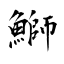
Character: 鰤